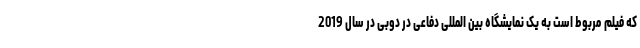
که فیلم مربوط است به یک نمایشگاه بین المللی دفاعی در دوبی در سال 2019